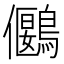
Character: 𪅬